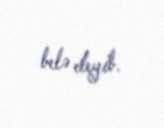
belə deyib.